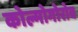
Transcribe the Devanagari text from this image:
कोल्मोगोरोव